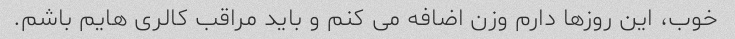
خوب، این روزها دارم وزن اضافه می کنم و باید مراقب کالری هایم باشم.